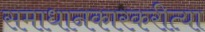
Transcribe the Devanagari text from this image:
समाधानकारकरीत्या